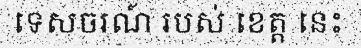
ទេសចរណ៍ របស់ ខេត្ត នេះ